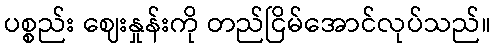
ပစ္စည်း ဈေးနှုန်းကို တည်ငြိမ်အောင်လုပ်သည်။